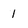
Character: 1